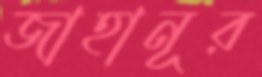
জাহানূর